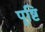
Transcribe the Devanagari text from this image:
पु्ष्टि